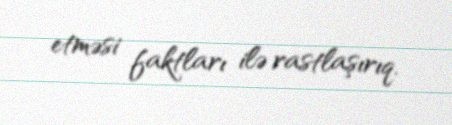
etməsi faktları ilə rastlaşırıq.